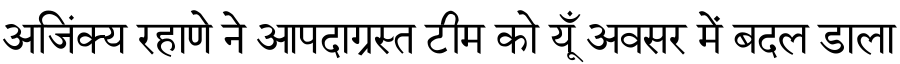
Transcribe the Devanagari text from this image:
अजिंक्य रहाणे ने आपदाग्रस्त टीम को यूँ अवसर में बदल डाला